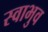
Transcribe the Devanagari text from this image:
स्वाभुव